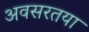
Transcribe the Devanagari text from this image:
अवसरतया